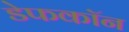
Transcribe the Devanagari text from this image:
डेफकॉन